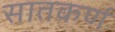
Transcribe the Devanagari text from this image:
सातकर्ण